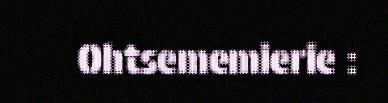
Ohtsememierie :